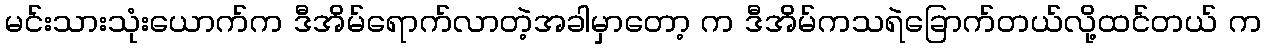
မင်းသားသုံးယောက်က ဒီအိမ်ရောက်လာတဲ့အခါမှာတော့ က ဒီအိမ်ကသရဲခြောက်တယ်လို့ထင်တယ် က